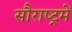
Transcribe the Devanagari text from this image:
सौराष्‍ट्रमें